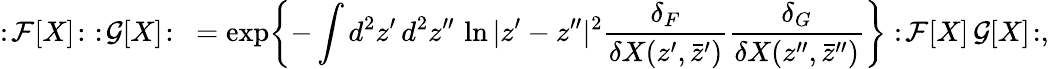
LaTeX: :\! {\cal F}[X]\! :\, \, :\! {\cal G}[X]\! :\ =\exp\biggl\{ -\int d^{2}z^{\prime}\, d^{2}z^{\prime\prime}\, \ln|z^{\prime}-z^{\prime\prime}|^{2}\frac{\delta_{F}}{\delta X(z^{\prime},\bar{z}^{\prime})}\frac{\delta_{G}}{\delta X(z^{\prime\prime},\bar{z}^{\prime\prime})}\biggr\} :\! {\cal F}[X]\, {\cal G}[X]\! :,